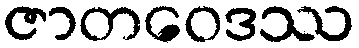
ဇာတဝေဒဿ